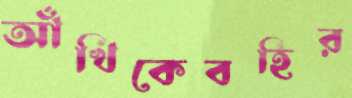
আঁখিকেবহির